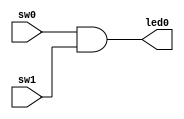
module ex1 (sw0, sw1, led0);
input sw0, sw1;
output led0;
assign led0 = (sw0 & sw1);
endmodule